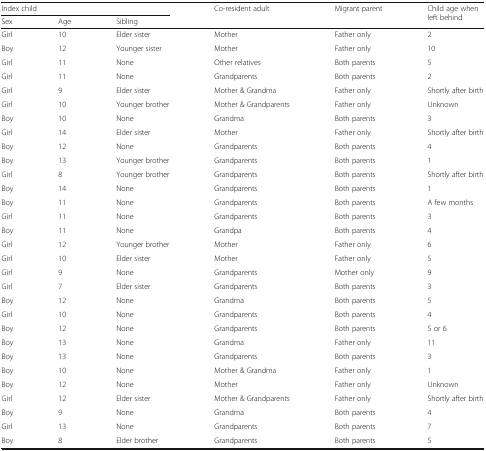
<table><thead><tr><td colspan="3"><b>Index child</b></td><td rowspan="2"><b>Co-resident adult</b></td><td rowspan="2"><b>Migrant parent</b></td><td rowspan="2"><b>Child age when left behind</b></td></tr><tr><td><b>Sex</b></td><td><b>Age</b></td><td><b>Sibling</b></td></tr></thead><tbody><tr><td>Girl</td><td>10</td><td>Elder sister</td><td>Mother</td><td>Father only</td><td>2</td></tr><tr><td>Boy</td><td>12</td><td>Younger sister</td><td>Mother</td><td>Father only</td><td>10</td></tr><tr><td>Girl</td><td>11</td><td>None</td><td>Other relatives</td><td>Both parents</td><td>5</td></tr><tr><td>Girl</td><td>11</td><td>None</td><td>Grandparents</td><td>Both parents</td><td>2</td></tr><tr><td>Girl</td><td>9</td><td>Elder sister</td><td>Mother &amp; Grandma</td><td>Father only</td><td>Shortly after birth</td></tr><tr><td>Girl</td><td>10</td><td>Younger brother</td><td>Mother &amp; Grandparents</td><td>Father only</td><td>Unknown</td></tr><tr><td>Boy</td><td>10</td><td>None</td><td>Grandma</td><td>Both parents</td><td>3</td></tr><tr><td>Girl</td><td>14</td><td>Elder sister</td><td>Mother</td><td>Father only</td><td>Shortly after birth</td></tr><tr><td>Boy</td><td>12</td><td>None</td><td>Grandparents</td><td>Both parents</td><td>4</td></tr><tr><td>Boy</td><td>13</td><td>Younger brother</td><td>Grandparents</td><td>Both parents</td><td>1</td></tr><tr><td>Girl</td><td>8</td><td>Younger brother</td><td>Grandparents</td><td>Both parents</td><td>Shortly after birth</td></tr><tr><td>Boy</td><td>14</td><td>None</td><td>Grandparents</td><td>Both parents</td><td>1</td></tr><tr><td>Boy</td><td>11</td><td>None</td><td>Grandparents</td><td>Both parents</td><td>A few months</td></tr><tr><td>Girl</td><td>11</td><td>None</td><td>Grandparents</td><td>Both parents</td><td>3</td></tr><tr><td>Boy</td><td>11</td><td>None</td><td>Grandpa</td><td>Both parents</td><td>4</td></tr><tr><td>Girl</td><td>12</td><td>Younger brother</td><td>Mother</td><td>Father only</td><td>6</td></tr><tr><td>Girl</td><td>10</td><td>Elder sister</td><td>Mother</td><td>Father only</td><td>5</td></tr><tr><td>Girl</td><td>9</td><td>None</td><td>Grandparents</td><td>Mother only</td><td>9</td></tr><tr><td>Girl</td><td>7</td><td>Elder sister</td><td>Grandparents</td><td>Both parents</td><td>3</td></tr><tr><td>Boy</td><td>12</td><td>None</td><td>Grandma</td><td>Both parents</td><td>5</td></tr><tr><td>Girl</td><td>10</td><td>None</td><td>Grandparents</td><td>Both parents</td><td>4</td></tr><tr><td>Boy</td><td>12</td><td>None</td><td>Grandparents</td><td>Both parents</td><td>5 or 6</td></tr><tr><td>Boy</td><td>13</td><td>None</td><td>Grandma</td><td>Father only</td><td>11</td></tr><tr><td>Boy</td><td>13</td><td>None</td><td>Grandparents</td><td>Both parents</td><td>3</td></tr><tr><td>Boy</td><td>10</td><td>None</td><td>Mother &amp; Grandma</td><td>Father only</td><td>1</td></tr><tr><td>Boy</td><td>12</td><td>None</td><td>Mother</td><td>Father only</td><td>Unknown</td></tr><tr><td>Girl</td><td>12</td><td>Elder sister</td><td>Mother &amp; Grandparents</td><td>Father only</td><td>Shortly after birth</td></tr><tr><td>Boy</td><td>9</td><td>None</td><td>Grandma</td><td>Both parents</td><td>4</td></tr><tr><td>Girl</td><td>13</td><td>None</td><td>Grandparents</td><td>Both parents</td><td>7</td></tr><tr><td>Boy</td><td>8</td><td>Elder brother</td><td>Grandparents</td><td>Both parents</td><td>5</td></tr></tbody></table>